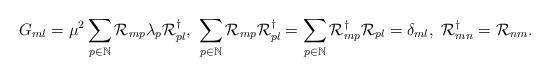
LaTeX: \begin{align*}G_{ml}=\mu^2\sum_{p\in\mathbb{N}}{\cal{R}}_{mp}\lambda_p{\cal{R}}^\dag_{pl},\ \sum_{p\in\mathbb{N}}{\cal{R}}_{mp}{\cal{R}}^\dag_{pl}=\sum_{p\in\mathbb{N}}{\cal{R}}^\dag_{mp}{\cal{R}}_{pl}=\delta_{ml},\ {\cal{R}}^\dag_{mn}={\cal{R}}_{nm}.\end{align*}